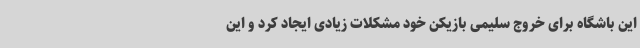
این باشگاه برای خروج سلیمی بازیکن خود مشکلات زیادی ایجاد کرد و این